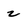
Character: 2